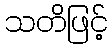
သတိဖြင့်